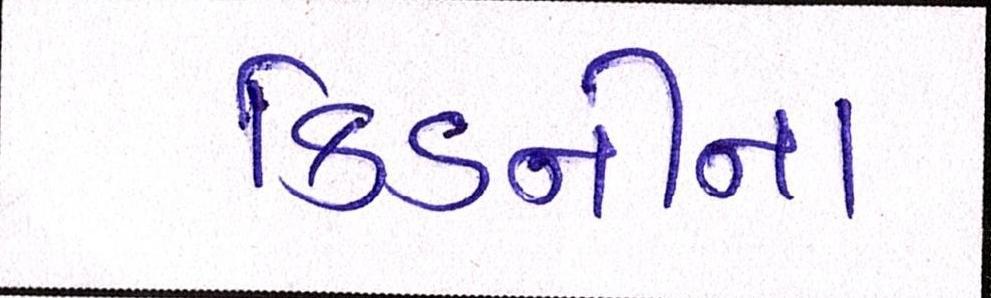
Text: કિડનીના